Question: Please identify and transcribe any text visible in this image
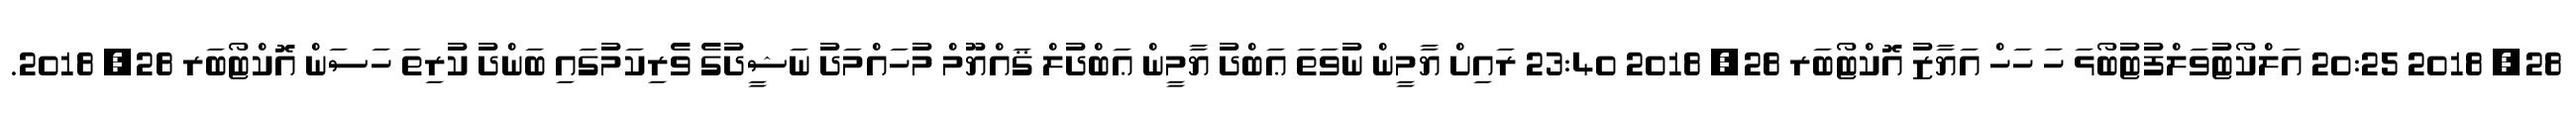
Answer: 28, 2018 20:25 އަލްކޯޓުވަލްފުޓުބޯޅަ ހަ ހަހް އަޔާޒު އޮކްޓޯބަރ 28, 2018 23:40 ރައިށް ޔާމީން ނުވަތަ ޢަބްދު ޔާމީން ޢަބްދުލް ޤައްޔޫމް މުހައްމަދު ނަޝީދުގެ ވެރިކަމުގައި ބަންދު ކުރިތަ ހަސަން އޮކްޓޯބަރ 28, 2018.